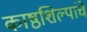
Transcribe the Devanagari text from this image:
काष्ठशिल्पांचे